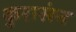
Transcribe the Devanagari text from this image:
कुरासंन